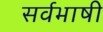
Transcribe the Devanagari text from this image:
सर्वभाषी